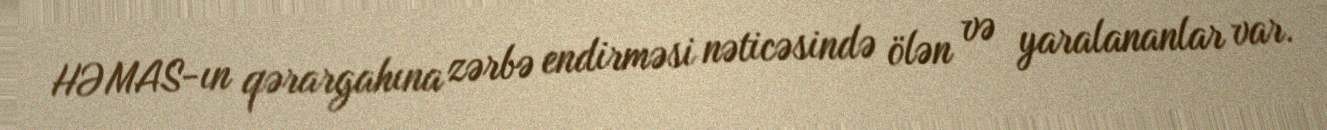
HƏMAS-ın qərargahına zərbə endirməsi nəticəsində ölən və yaralananlar var.